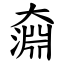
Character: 奫